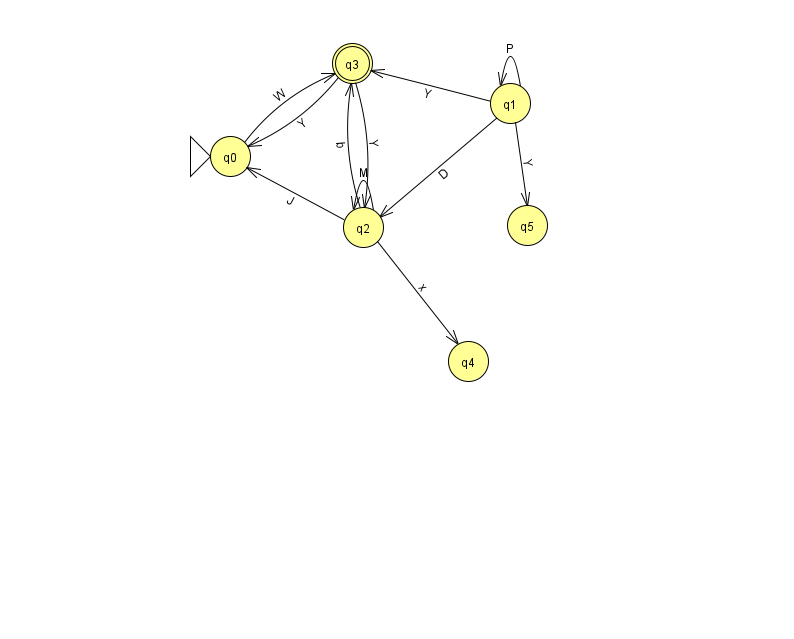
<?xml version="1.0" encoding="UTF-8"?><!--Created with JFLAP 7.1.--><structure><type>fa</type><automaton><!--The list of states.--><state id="0" name="q0"><x>230.0</x><y>143.0</y><initial/></state><state id="1" name="q1"><x>510.0</x><y>90.0</y></state><state id="2" name="q2"><x>363.0</x><y>214.0</y></state><state id="3" name="q3"><x>352.0</x><y>50.0</y><final/></state><state id="4" name="q4"><x>468.0</x><y>348.0</y></state><state id="5" name="q5"><x>527.0</x><y>212.0</y></state><!--The list of transitions.--><transition><from>1</from><to>1</to><read>P</read></transition><transition><from>2</from><to>4</to><read>x</read></transition><transition><from>3</from><to>0</to><read>Y</read></transition><transition><from>3</from><to>2</to><read>Y</read></transition><transition><from>1</from><to>2</to><read>D</read></transition><transition><from>1</from><to>3</to><read>Y</read></transition><transition><from>1</from><to>5</to><read>Y</read></transition><transition><from>0</from><to>3</to><read>W</read></transition><transition><from>2</from><to>0</to><read>J</read></transition><transition><from>2</from><to>2</to><read>M</read></transition><transition><from>2</from><to>3</to><read>b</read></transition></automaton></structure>